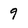
Character: 9